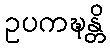
ဥပကဍ္ဎန္တိ